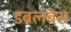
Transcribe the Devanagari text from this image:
डबलबेस